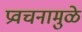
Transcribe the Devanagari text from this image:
प्रवचनामुळे